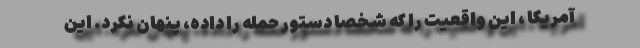
آمریکا ، این واقعیت را که شخصا دستور حمله را داده، پنهان نکرد. این